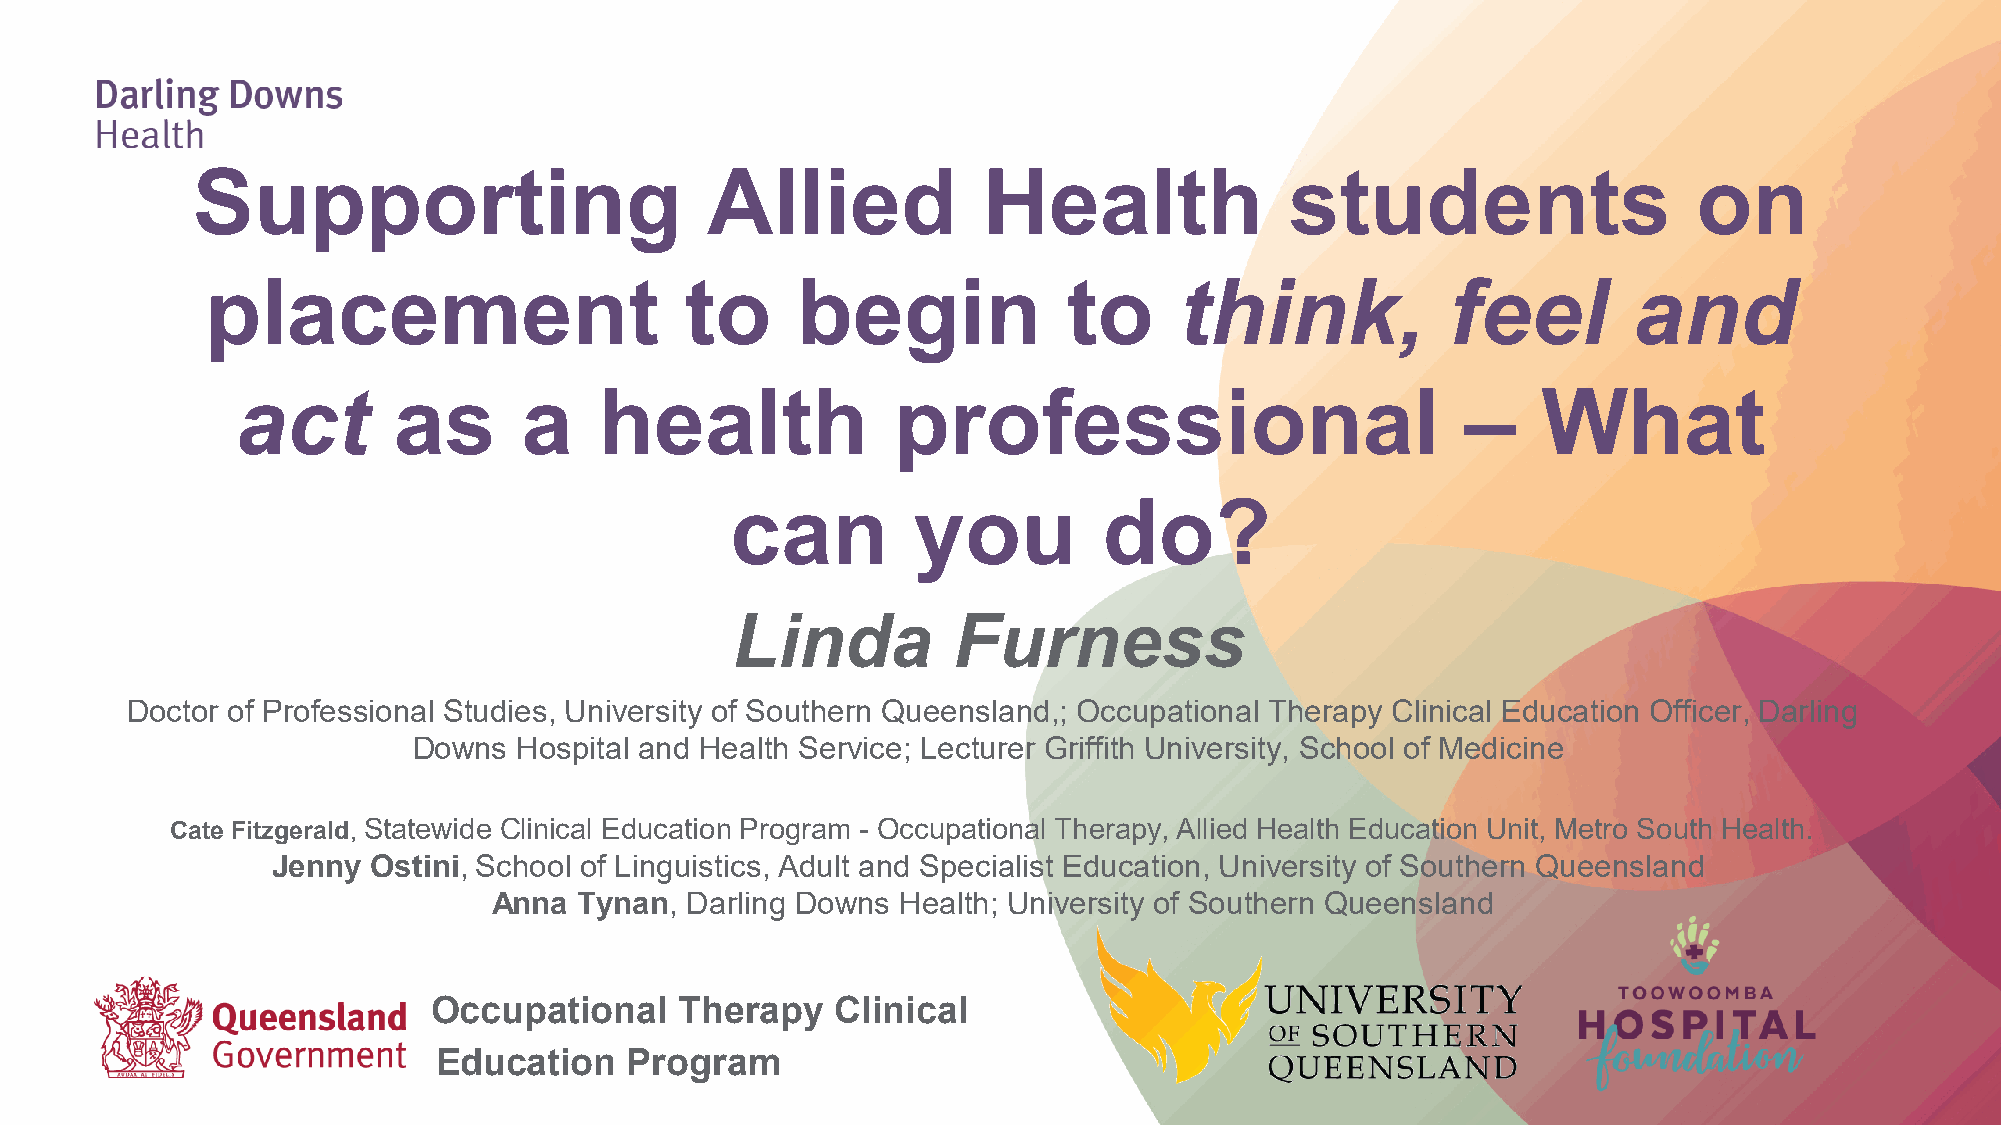
Supporting                        Allied            Health              students                   on
 placement                      to      begin             to     think,            feel        and
 act       as       a    health             professional                          –    What
 can         you          do?
 Linda          Furness
 Doctor of Professional Studies, University of Southern Queensland,; Occupational Therapy Clinical Education Officer, Darling
 Downs  Hospital and Health Service; Lecturer Griffith University, School of Medicine
 Cate Fitzgerald, Statewide Clinical Education Program - Occupational Therapy, Allied Health Education Unit, Metro South Health.
 Jenny  Ostini, School of Linguistics, Adult and Specialist Education, University of Southern Queensland
 Anna Tynan, Darling Downs  Health; University of Southern Queensland
 Occupational    Therapy   Clinical
 Education    Program